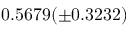
0 . 5 6 7 9 ( \pm 0 . 3 2 3 2 )